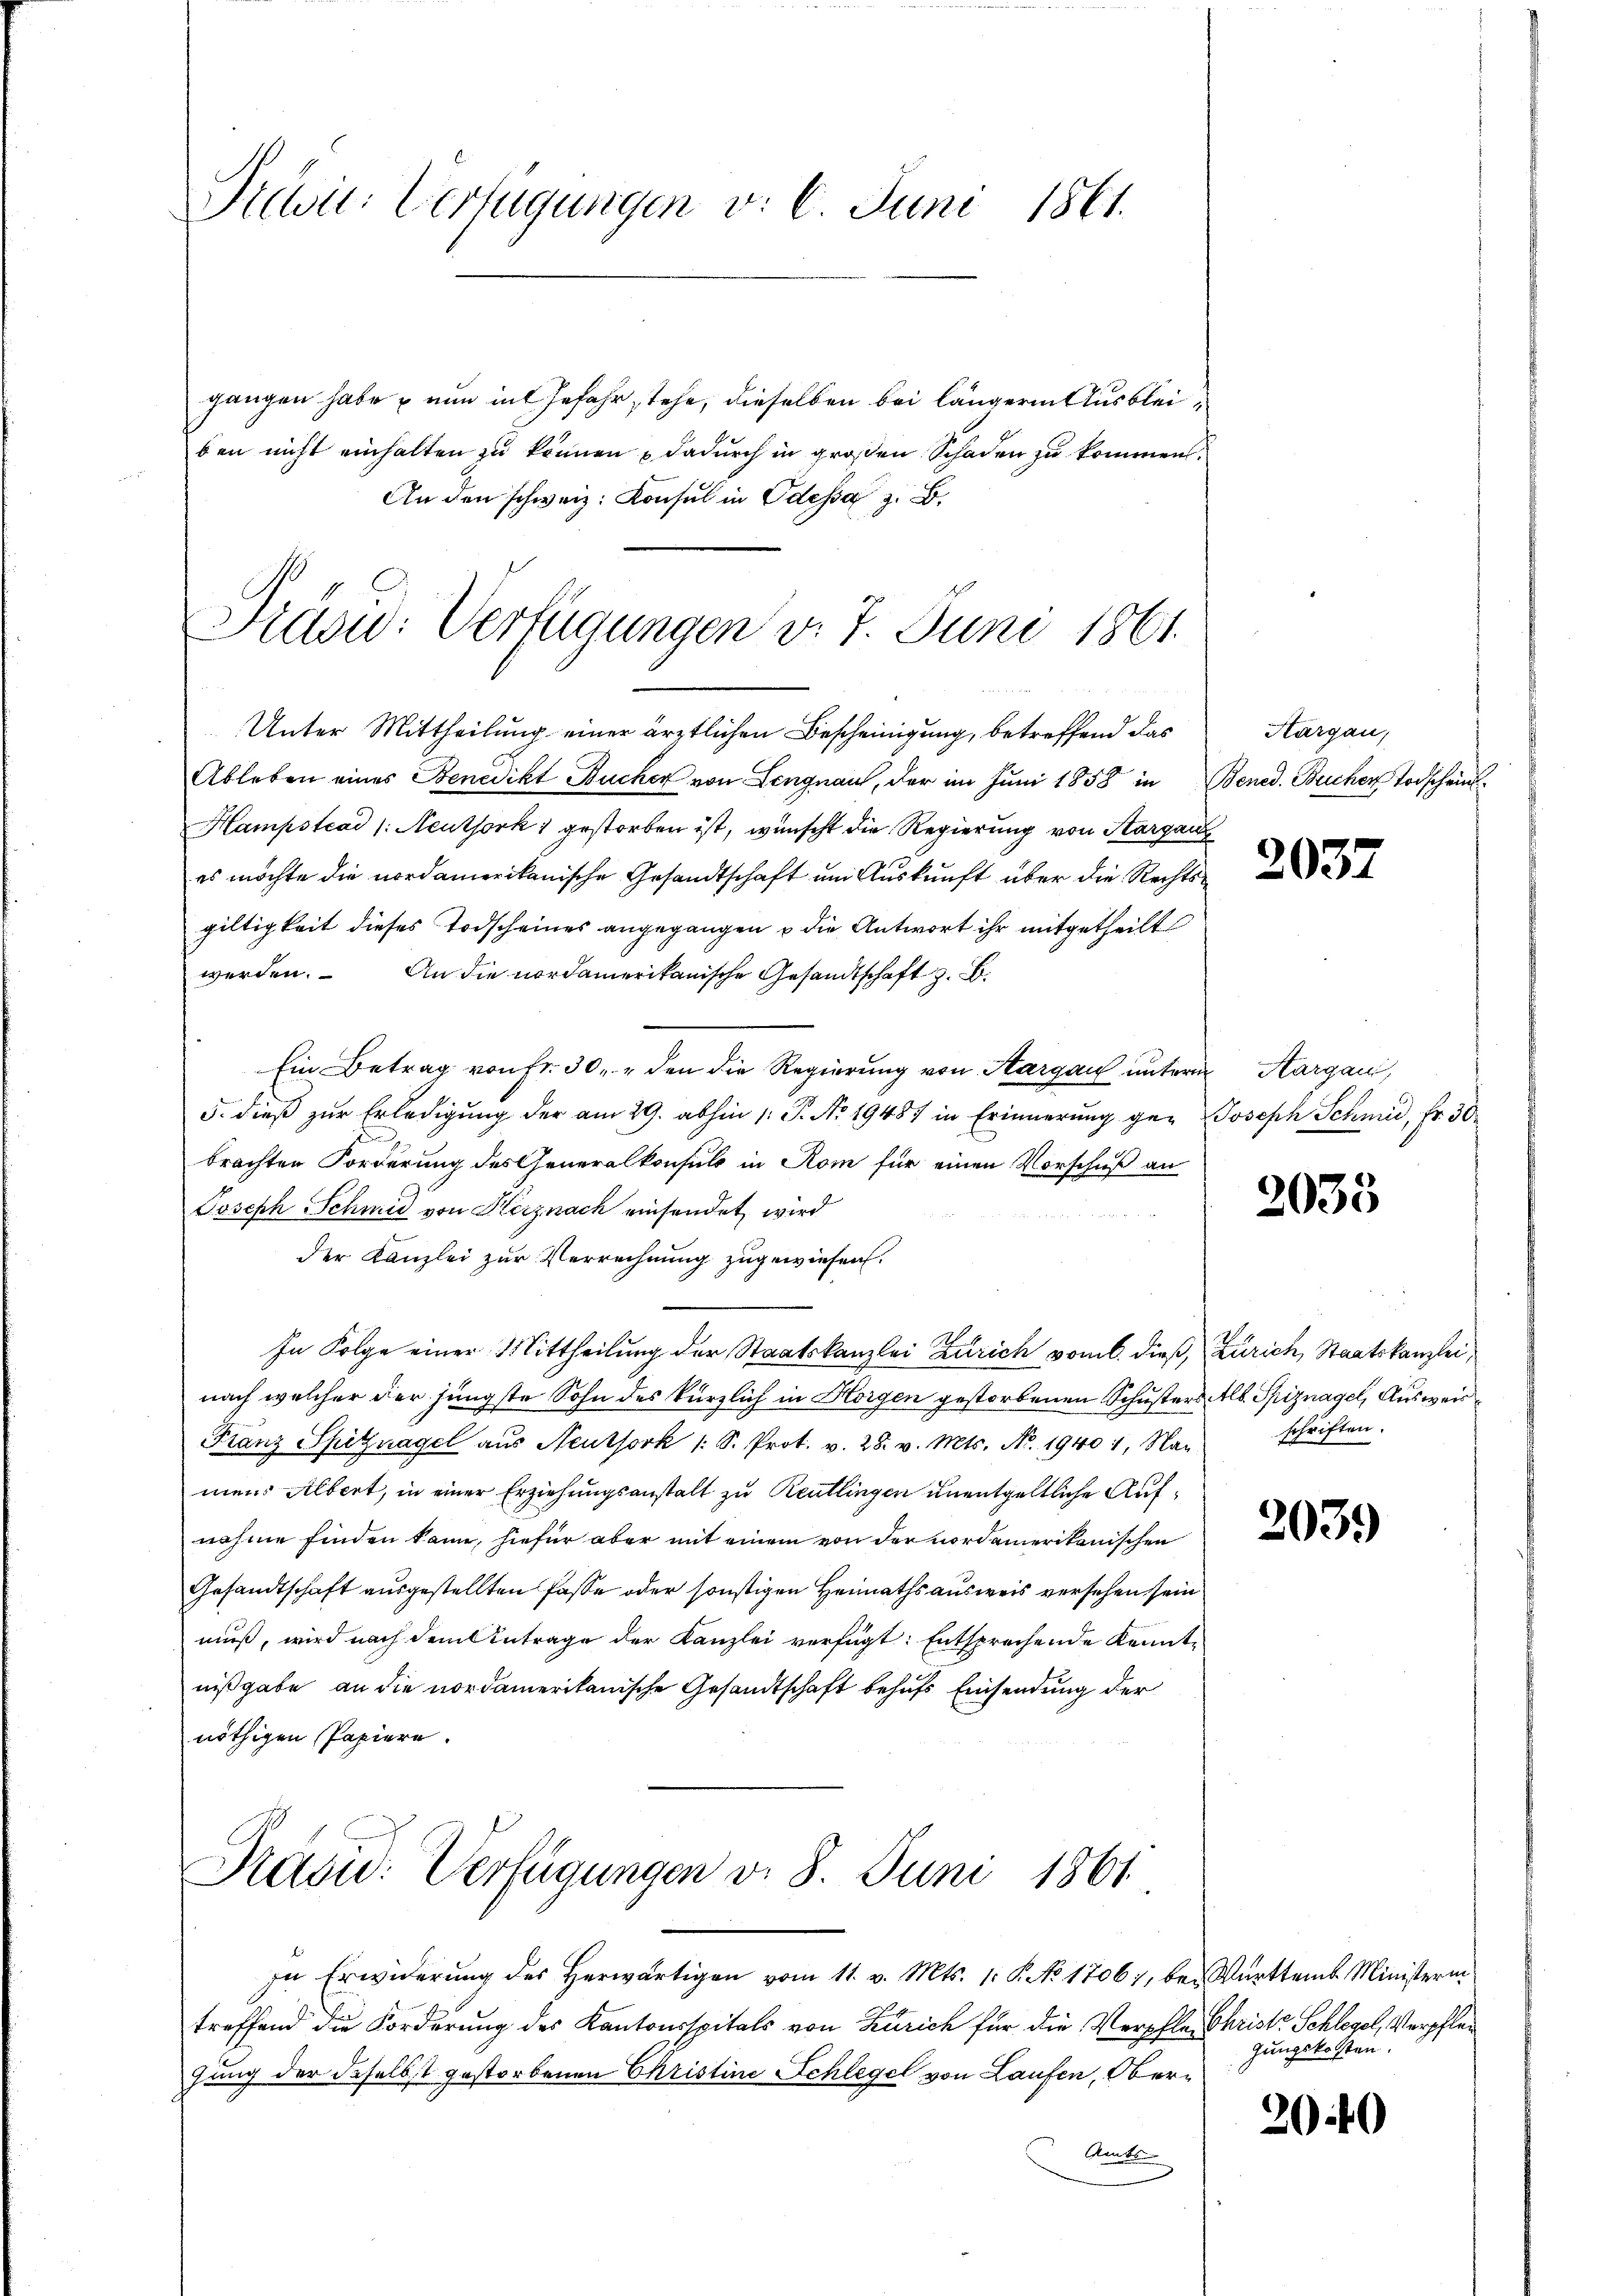
Slwil-Verfügungen v. 6. Juni 1861.

gangen habe – nun in Gefahr stehe, dieselben bei längere Ausbleiben nicht einhalten zu können & dadurch in großen Schaden zu kommen.
An den schweiz. Konsul in Odessa z. B.

Präsid: Verfügungen d. 7. Juni 1861.
Unter Mittheilung einer ärztlichen Bescheinigung, betreffend das

Ableben eines Benedikt Bucher von Lengnau, der im Juni 1858 in Bened. Bucher Todscheins
Hampstcad (: Neuthork gestorben ist, wünscht die Regierung von Aargau
es möchte die nordamerikanische Gesandtschaft um Auskunft über die Rechtsgiltigkeit dieses Todscheines angegangen u die Antwort ihr mitgetheilt
werden. An die nordamerikanische Gesandtschaft z. B.
Ein Betrag von Fr. 30, den die Regierung von Aargau unter Aargau,
5. dieß zur Erledigung der am 29. abhin 1. P. No 19487 in Erinnerung ge- Joseph Schmid, Fr. 30
brachten Forderung des Generalkonsuls in Rom für einen Vorschuß an
Joseph Schmid von Herz nach einsendet wird
der Kanzlei zur Verrechnung zugewiesen.
In Folge einer Mittheilung der Staatskanzlei Zürich vom 6. dieß, Zürich, Staatskanzlei
nach welcher der jüngste Sohn des kürzlich in Horgen gestorbenen Schusters Alb. Spiznagel, Ausweis¬
Franz Spitznagel aŭs Neuthork 1: S. Prot. v. 28. v. Mts. No. 1940 1, Nam schriften.
men. Albert, in einer Erziehungsanstalt zu Reutlingen unentgeltliche Aufnahme finden kann, hiefür aber mit einem von der nordamerikanischen
Gesandtschaft ausgestellten Pässe oder sonstigen Heimaths ausweis versehen sein
muß, wird nach dem Antrage der Kanzlei verfügt: Entsprechende Kenntnißgabe an die nordamerikanische Gesandtschaft behufs Einsendung der
nöthigen Papiere.

Präsid. Verfügungen d. 8. Juni 1861

In Erwiderŭng des herwärtigen vom 11. v. Mts. 1. S. No 1706, bei Württem Ministerin
treffend die Forderung des Kantonsspitals von Zürich für die Verpfle- Christe Schlegel, Verpflegung der daselbst gestorbenen Christine Schlegel von Laufen, Ober¬
Aents

Kargau,

203.

2033

2039

2040

gungskosten.